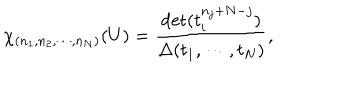
LaTeX: \chi _ { ( n _ { 1 } , n _ { 2 } , \cdots , n _ { N } ) } ( U ) = \frac { \det ( t _ { i } ^ { n _ { j } + N - j } ) } { \Delta ( t _ { 1 } , \cdots , t _ { N } ) } ,